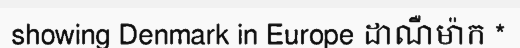
showing Denmark in Europe ដាណឺម៉ាក *